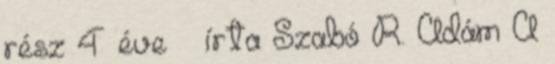
rész 4 éve  írta Szabó R. Ádám A